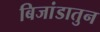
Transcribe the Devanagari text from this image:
बिजांडातुन